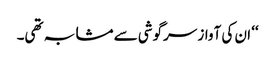
‘‘ ان کی آواز سرگوشی سے مشابہ تھی۔